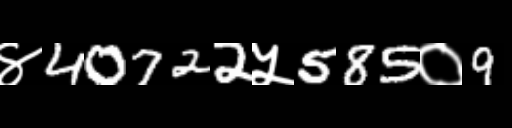
Text: ४40722५585०9